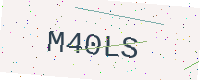
Text: M40LS